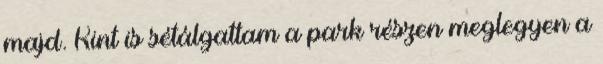
majd. Kint is sétálgattam a park részen meglegyen a